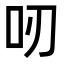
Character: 𠯄